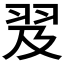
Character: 𦐅